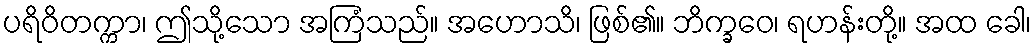
ပရိဝိတက္ကာ၊ ဤသို့သော အကြံသည်။ အဟောသိ၊ ဖြစ်၏။ ဘိက္ခဝေ၊ ရဟန်းတို့။ အထ ခေါ၊